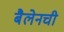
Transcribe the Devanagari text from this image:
बैलेनची